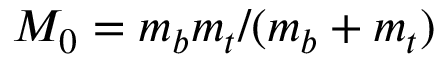
M _ { 0 } = m _ { b } m _ { t } / ( m _ { b } + m _ { t } )